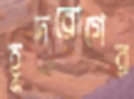
হূদরোগের